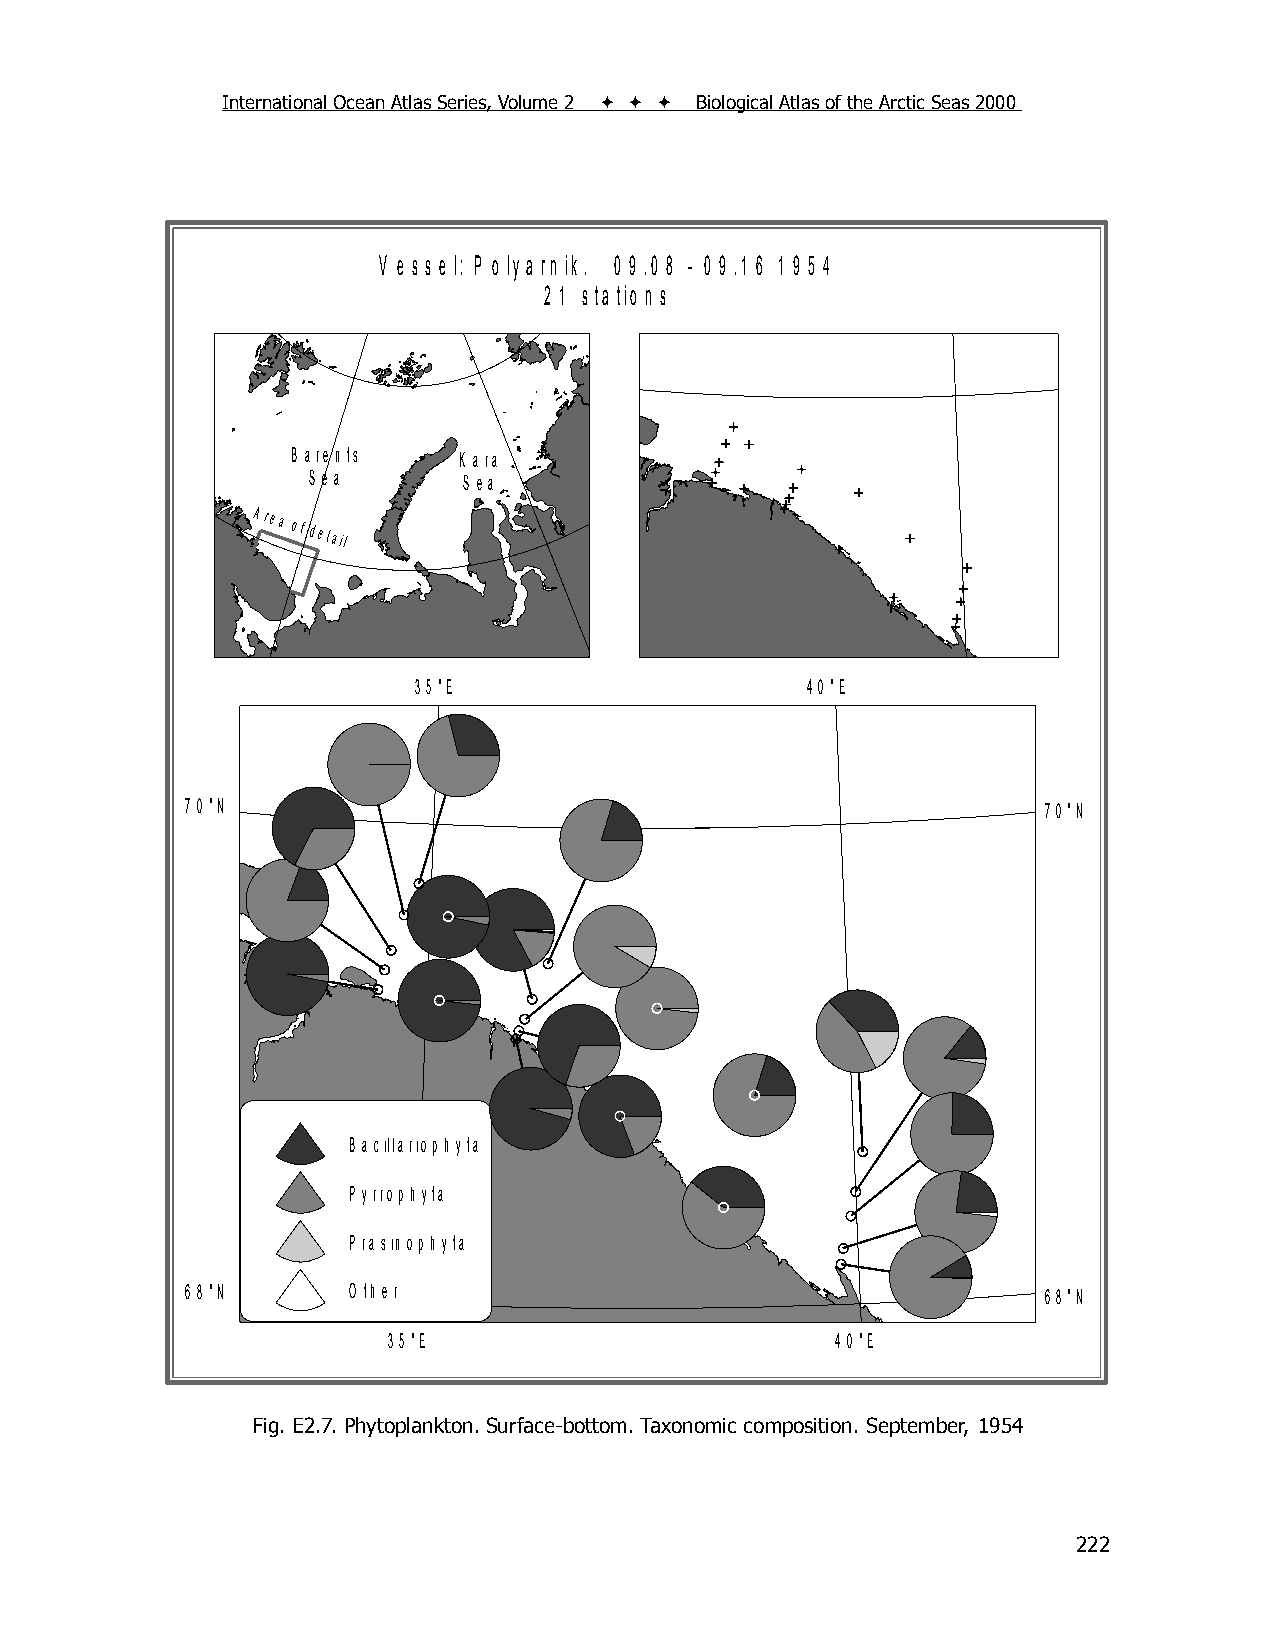
International Ocean Atlas Series, Volume 2    Biological Atlas of the Arctic Seas 2000
 V e s s e l: P o ly a rn ik . 0 9 .0 8 - 0 9 .1 6 1 9 5 4
 2 1 s ta tio n s
 B a re n ts K a ra
 S e a      S e a
 Area
 of detail
 3 5 °E                    4 0 °E
 7 0 °N                                                   7 0 °N
 B a cilla rio p h yta
 P yrro p h yta
 P ra sin o p h yta
 6 8 °N     O th e r                                      6 8 °N
 3 5 °E                       4 0 °E
 Fig. E2.7. Phytoplankton. Surface-bottom. Taxonomic composition. September, 1954
 222